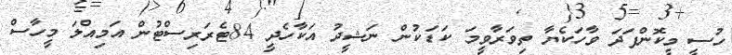
ހުސީ މީކޮންފަދަ ވާހަކެޔާ ތިވަރާވީމަ ކަޑަކުން ނަޝީދު އަކާހެދީ 84ޓެރަރިސްޓުން އަމިއްލަ މީހާސް